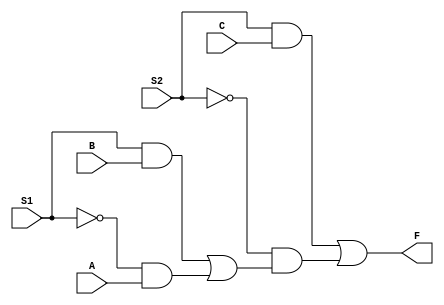
module S1L3F(A, B, C, S1, S2, F);
	input A,B,C,S1,S2;
	output reg F;
	reg X1;

	always @ (S1, A, B) 	begin
		X1 = 	(S1 & B) | (!S1& A);
	end

	
	always @ (S2, C, X1) 	begin 
		F = 	(S2 & C) | (!S2& X1);
	end


endmodule